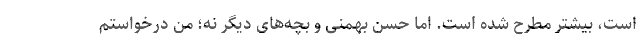
است، بیشتر مطرح شده است. اما حسن بهمنی و بچه‌های دیگر نه؛ من درخواستم